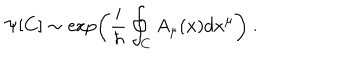
\Psi [ C ] \sim \exp \left( { \frac { i } { \hbar } } \oint _ { C } A _ { \mu } ( x ) d x ^ { \mu } \right) \ .